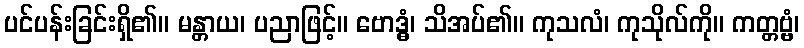
ပင်ပန်းခြင်းရှိ၏။ မန္တာယ၊ ပညာဖြင့်။ ဗောဒ္ဓံ၊ သိအပ်၏။ ကုသလံ၊ ကုသိုလ်ကို။ ကတ္တဗ္ဗံ၊